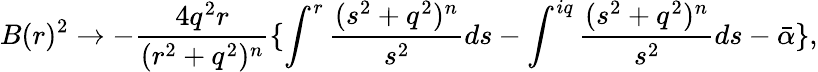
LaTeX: B(r)^{2}\rightarrow-\frac{4q^{2}r}{(r^{2}+q^{2})^{n}}\lbrace\int^{r}\frac{(s^{2}+q^{2})^{n}}{s^{2}}ds-\int^{iq}\frac{(s^{2}+q^{2})^{n}}{s^{2}}ds-\bar{\alpha}\rbrace,